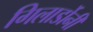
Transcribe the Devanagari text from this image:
गिलार्डोनी